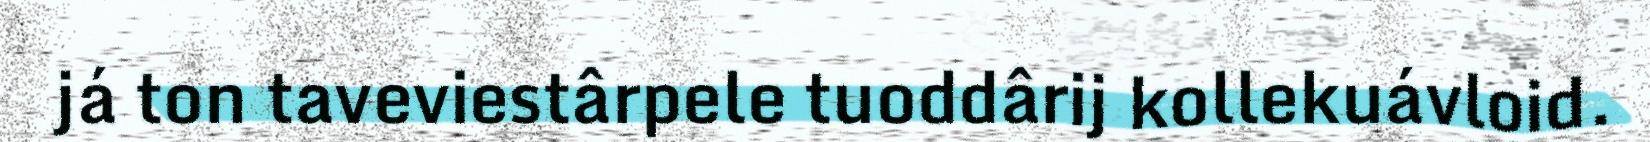
já ton taveviestârpele tuoddârij kollekuávloid.